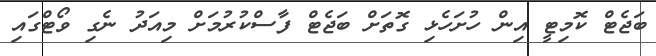
ބަޖެޓް ކޮމިޓީ އިން ހުށަހެޅި ގޮތަށް ބަޖެޓް ފާސްކުރުމަށް މިއަދު ނެގި ވޯޓްގައި